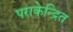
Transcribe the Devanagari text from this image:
पराकेन्द्रित